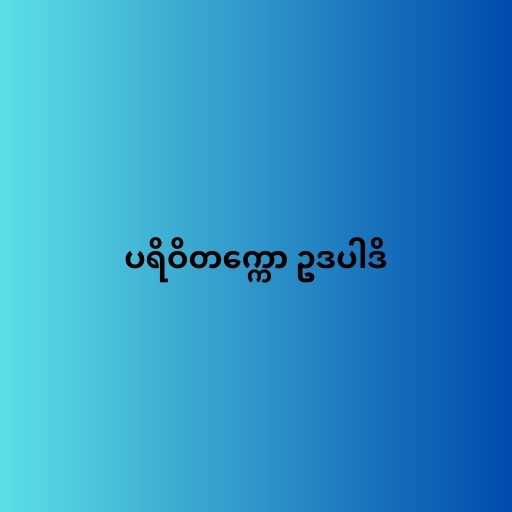
ပရိဝိတက္ကော ဥဒပါဒိ